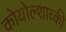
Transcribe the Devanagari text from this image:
कोयोल्शाव्की